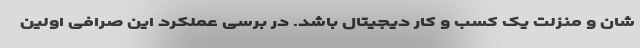
شان و منزلت یک کسب و کار دیجیتال باشد. در برسی عملکرد این صرافی اولین